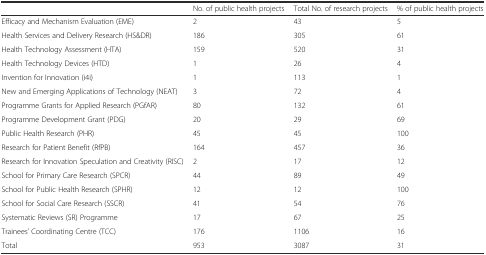
|  | No. of public health projects | Total No. of research projects | % of public health projects |
 | --- | --- | --- | --- |
 | Efficacy and Mechanism Evaluation (EME) | 2 | 43 | 5 |
 | Health Services and Delivery Research (HS&DR) | 186 | 305 | 61 |
 | Health Technology Assessment (HTA) | 159 | 520 | 31 |
 | Health Technology Devices (HTD) | 1 | 26 | 4 |
 | Invention for Innovation (i4i) | 1 | 113 | 1 |
 | New and Emerging Applications of Technology (NEAT) | 3 | 72 | 4 |
 | Programme Grants for Applied Research (PGfAR) | 80 | 132 | 61 |
 | Programme Development Grant (PDG) | 20 | 29 | 69 |
 | Public Health Research (PHR) | 45 | 45 | 100 |
 | Research for Patient Benefit (RfPB) | 164 | 457 | 36 |
 | Research for Innovation Speculation and Creativity (RISC) | 2 | 17 | 12 |
 | School for Primary Care Research (SPCR) | 44 | 89 | 49 |
 | School for Public Health Research (SPHR) | 12 | 12 | 100 |
 | School for Social Care Research (SSCR) | 41 | 54 | 76 |
 | Systematic Reviews (SR) Programme | 17 | 67 | 25 |
 | Trainees’ Coordinating Centre (TCC) | 176 | 1106 | 16 |
 | Total | 953 | 3087 | 31 |